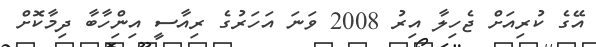
އޭގެ ކުރިއަށް ޖެހިލާ އިރު 2008 ވަނަ އަހަރުގެ ރިއާސީ އިންިހާބާ ދިމާކޮށް